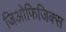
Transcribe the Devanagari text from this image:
जिओफिजिक्स